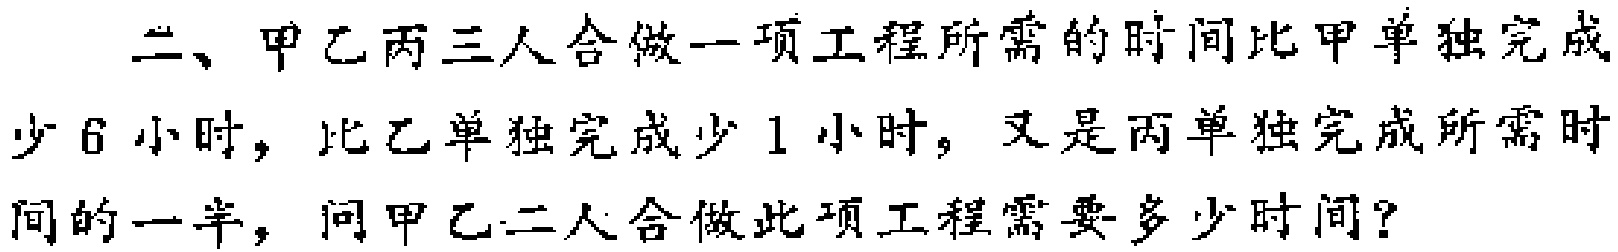
二、甲乙丙三人合做一项工程所需的时间比甲单独完成少6小时，比乙单独完成少1小时，又是丙单独完成所需时间的一半，问甲乙二人合做此项工程需要多少时间？